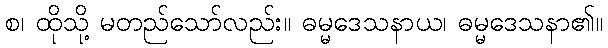
စ၊ ထိုသို့ မတည်သော်လည်း။ ဓမ္မဒေသနာယ၊ ဓမ္မဒေသနာ၏။